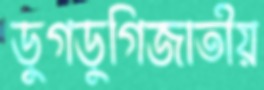
ডুগডুগিজাতীয়